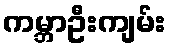
ကမ္ဘာဦးကျမ်း